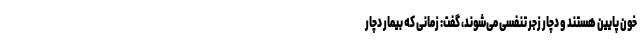
خون پایین هستند و دچار زجر تنفسی می‌شوند، گفت: زمانی که بیمار دچار